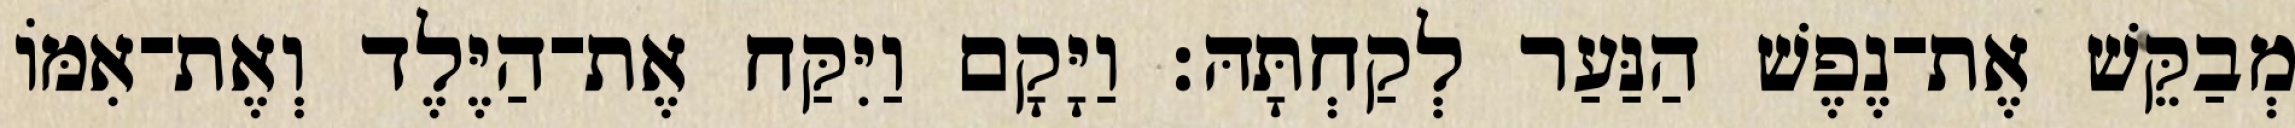
מְבַקֵּשׁ אֶת־נֶפֶשׁ הַנַּעַר לְקַחְתָּהּ׃ וַיָּקָם וַיִּקַּח אֶת־הַיֶּלֶד וְאֶת־אִמּוֹ